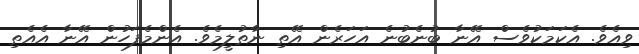
ވިއެވެ. އެކަމަކުވެސް އޭނާ ބުނެބުނެ އަހަރެން އޭތި ނާތުލީމެވެ. އެންމެފަހުން އޭނާ އެއެތި